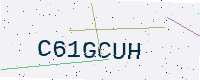
Text: C61GCUH